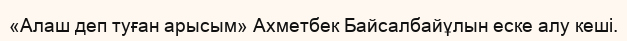
«Алаш деп туған арысым» Ахметбек Байсалбайұлын еске алу кеші.